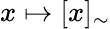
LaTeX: x\mapsto[x]_{\sim}